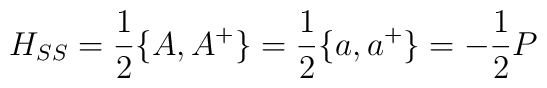
H_{SS} = \frac{1}{2} \{ A,A^+ \} = \frac{1}{2} \{ a,a^+ \}= - \frac{1}{2} P